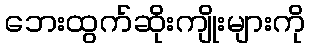
ဘေးထွက်ဆိုးကျိုးများကို